Plague in India, 1896, 1897 - Volume 2
Year: 1896
Disease focus: Plague
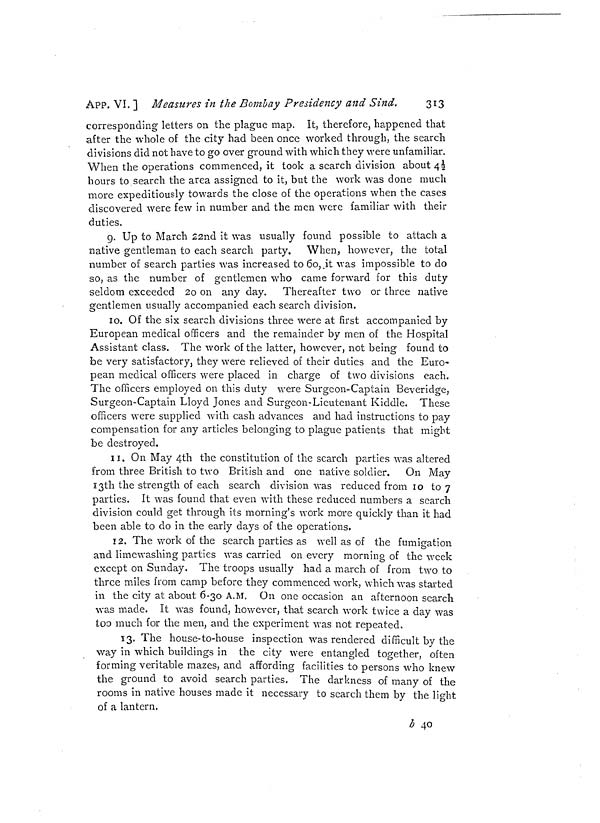
APP. VI. ] Measures in the Bombay Presidency and Sind.
313
corresponding letters on the plague map. It, therefore, happened that
after the whole of the city had been once worked through, the search
divisions did not have to go over ground with which they were unfamiliar.
When the operations commenced, it took a search division about 4 1/2
hours to search the area assigned to it, but the work was done much
more expeditiously towards the close of the operations when the cases
discovered were few in number and the men were familiar with their
duties.
9. Up to March 22nd it was usually found possible to attach a
native gentleman to each search party. When, however, the total
number of search parties was increased to 60,.it was impossible to do
so, as the number of gentlemen who came forward for this duty
seldom exceeded 2o on any day. Thereafter two or three native
gentlemen usually accompanied each search division.
10. Of the six search divisions three were at first accompanied by
European medical officers and the remainder by men of the Hospital
Assistant class. The work of the latter, however, not being found to
be very satisfactory, they were relieved of their duties and the Euro-
pean medical officers were placed in charge of two divisions each.
The officers employed on this duty were Surgeon-Captain Beveridge,
Surgeon-Captain Lloyd Jones and Surgeon-Lieutenant Kiddle. These
officers were supplied with cash advances and had instructions to pay
compensation for any articles belonging to plague patients that might
be destroyed.
11. On May 4th the constitution of the search parties was altered
from three British to two British and one native soldier. On May
13th the strength of each search division was reduced from 10 to 7
parties. It was found that even with these reduced numbers a search
division could get through its morning's work more quickly than it had
been able to do in the early days of the operations.
12. The work of the search parties as well as of the fumigation
and limewashmg parties was carried on every morning of the week
except on Sunday. The troops usually had a march of from two to
three miles from camp before they commenced work, which was started
in the city at about 6-30 A.M. On one occasion an afternoon search
was made. It was found, however, that search work twice a day was
too much for the men, and the experiment was not repeated,
13. The house-to-house inspection was rendered difficult by the
way in which buildings in the city were entangled together, often
forming veritable mazes, and affording facilities to persons who knew
the ground to avoid search parties. The darkness of many of the
rooms in native houses made it necessary to search them by the light
of a lantern.
b 40